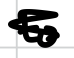
Text: to
Cross-out: scratch
Writing tool: digital_black